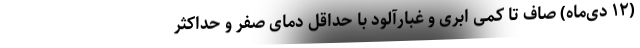
(۱۲ دی‌ماه) صاف تا کمی ابری و غبارآلود با حداقل دمای صفر و حداکثر